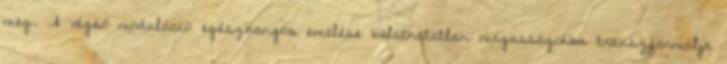
meg. A végső moduláció egészhangos emelése beláthatatlan magasságokba transzformálja